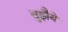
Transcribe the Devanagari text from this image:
बुझैये